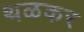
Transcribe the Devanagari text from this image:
थळकर